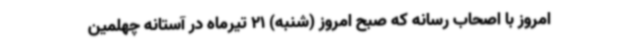
امروز با اصحاب رسانه که صبح امروز (شنبه) 21 تیرماه در آستانه چهلمین